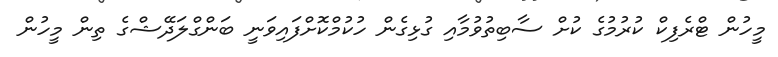
މީހުން ޓްރެފިކް ކުރުމުގެ ކުށް ސާބިތުވުމާއި ގުޅިގެން ހުކުމްކޮށްފައިވަނީ ބަންގްލަދޭޝްގެ ތިން މީހުން